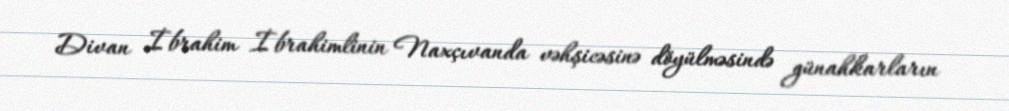
Divan İbrahim İbrahimlinin Naxçıvanda vəhşicəsinə döyülməsində günahkarların